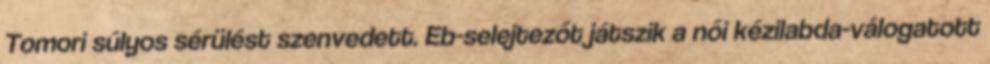
Tomori súlyos sérülést szenvedett. Eb-selejtezőt játszik a női kézilabda-válogatott